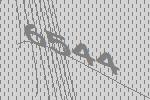
6544